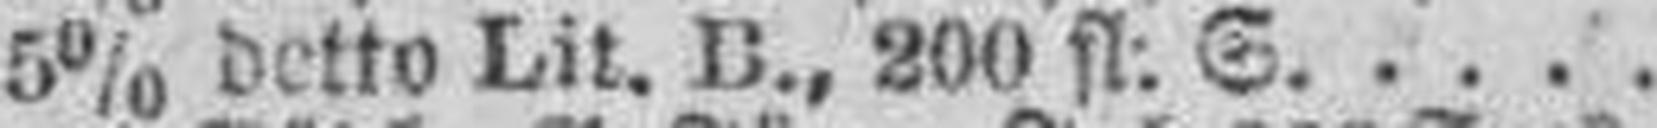
5% detto Lit. B., 200 fl. S.